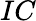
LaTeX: IC